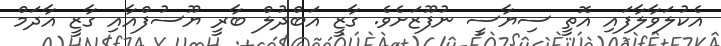
އެކުލަވާލާފައި އޮތީ ސިޔާސީ ނުފޫޒަށެވެ. ގާޒީ އަބްދުލް ބާރީ ޔޫސުފްއާއި ގާޒީ އާދަމް